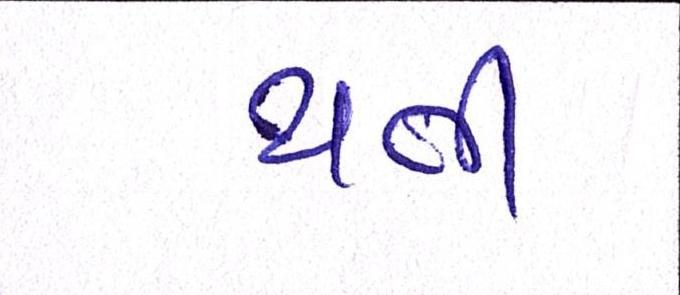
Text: થતી